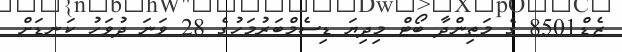
ޒެޑް8501 ގެ މަތިންދާ ބޯޓް މިދިޔަ ޑިސެމްބަރުމަހުގެ 28 ވަނަ ދުވަހު ކަނޑަށް